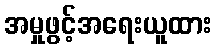
အမှုဖွင့်အရေးယူထား